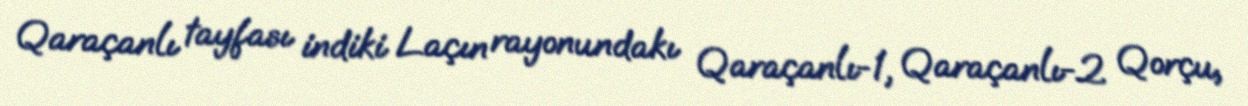
Qaraçanlı tayfası indiki Laçın rayonundakı Qaraçanlı-1, Qaraçanlı-2 Qorçu,